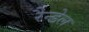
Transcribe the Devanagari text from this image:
रैन्डेल